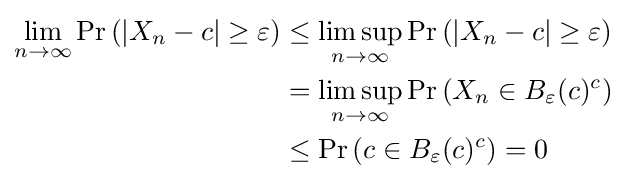
{\begin{aligned}\lim _{n\to \infty }\operatorname {Pr} \left(\left|X_{n}-c\right|\geq \varepsilon \right)&\leq \limsup _{n\to \infty }\operatorname {Pr} \left(\left|X_{n}-c\right|\geq \varepsilon \right)\\&=\limsup _{n\to \infty }\operatorname {Pr} \left(X_{n}\in B_{\varepsilon }(c)^{c}\right)\\&\leq \operatorname {Pr} \left(c\in B_{\varepsilon }(c)^{c}\right)=0\end{aligned}}